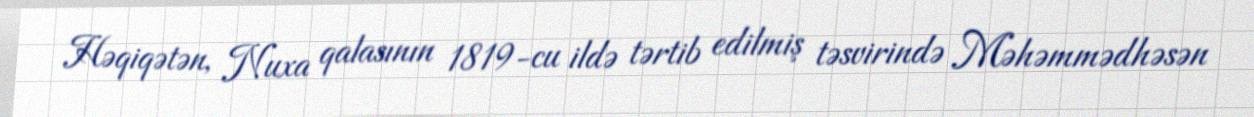
Həqiqətən, Nuxa qalasının 1819-cu ildə tərtib edilmiş təsvirində Məhəmmədhəsən